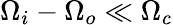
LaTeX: \Omega_{i}-\Omega_{o}\ll\Omega_{c}